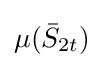
\mu ({\bar {S}}_{2t})\,\!